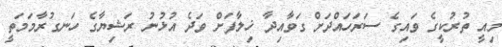
މިއީ ތުރުކީގެ ވައިގެ ސަރަހައްދަށް ގަވާއިދާ ޚިލާފަށް ވަދެ އުޅުނު ރަޝިޔާގެ ހަނގުރާމަމަތީ